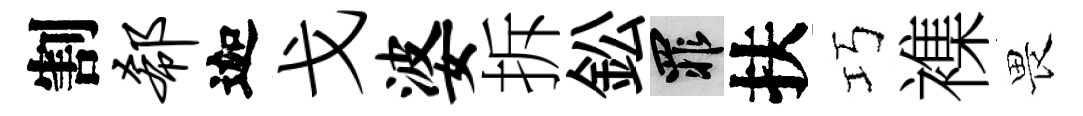
割欷迦戈婆拆鈆罪扶巧襍畏